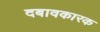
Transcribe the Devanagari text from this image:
दबावकारक